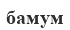
бамум